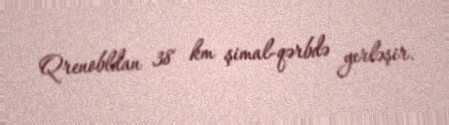
Qrenobldan 38 km şimal-qərbdə yerləşir.